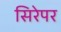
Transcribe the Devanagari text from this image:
सिरेपर